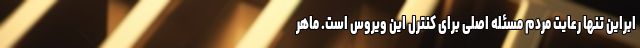
ابراین تنها رعایت مردم مسئله اصلی برای کنترل این ویروس است. ماهر